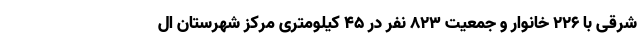
شرقی با ۲۲۶ خانوار و جمعیت ۸۲۳ نفر در ۴۵ کیلومتری مرکز شهرستان ال